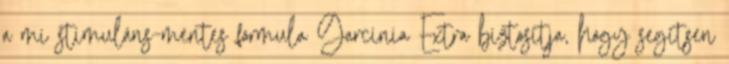
a mi stimuláns-mentes formula Garcinia Extra biztosítja, hogy segítsen